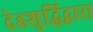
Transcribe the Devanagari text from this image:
देहशुद्धिद्वारा